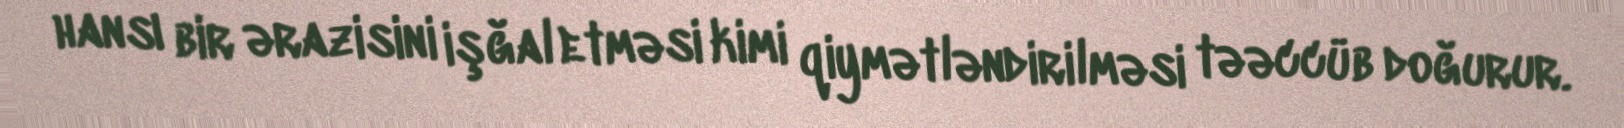
hansı bir ərazisini işğal etməsi kimi qiymətləndirilməsi təəccüb doğurur.